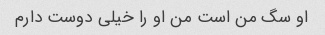
او سگ من است من او را خیلی دوست دارم